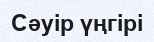
Сәуір үңгірі